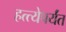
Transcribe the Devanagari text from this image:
हत्त्येपर्यंत